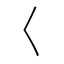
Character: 𡿨